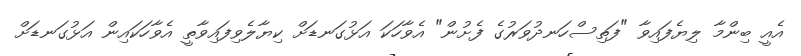
އެއީ ބިންމާ ލިޔެފައިވާ "ފަތިސްހަނދުވަރުގެ ފެށުން" އެވާހަކަ އަޅުގަނޑަށް ކިޔާލެވިފައިވާތީ އެވާހަކައިން އަޅުގަނޑަށް